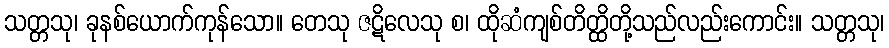
သတ္တသု၊ ခုနစ်ယောက်ကုန်သော။ တေသု ဇဋိလေသု စ၊ ထိုဆံကျစ်တိတ္ထိတို့သည်လည်းကောင်း။ သတ္တသု၊